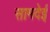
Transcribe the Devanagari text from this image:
सामदेई